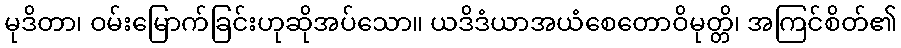
မုဒိတာ၊ ဝမ်းမြောက်ခြင်းဟုဆိုအပ်သော။ ယဒိဒံယာအယံစေတောဝိမုတ္တိ၊ အကြင်စိတ်၏